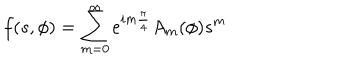
f ( s , \phi ) = \sum _ { m = 0 } ^ { \infty } e ^ { i m { \frac { \pi } { 4 } } } A _ { m } ( \phi ) s ^ { m }